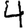
Digit: 4